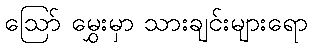
ဩော် မွှေးမှာ သားချင်းများရော